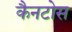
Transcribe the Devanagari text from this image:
कैनटोस